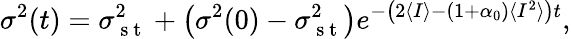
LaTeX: \sigma^{2}(t)=\sigma_{\mathrm{~s~t~}}^{2}+\left(\sigma^{2}(0)-\sigma_{\mathrm{~s~t~}}^{2}\right)e^{-\left(2\langle I\rangle-(1+\alpha_{0})\langle I^{2}\rangle\right)t},